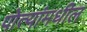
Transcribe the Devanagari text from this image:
पोत्यांमधील